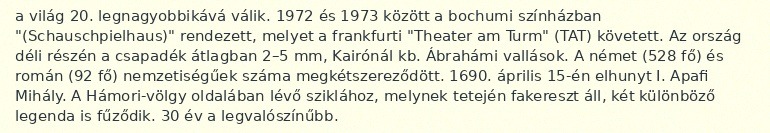
a világ 20. legnagyobbikává válik. 1972 és 1973 között a bochumi színházban "(Schauschpielhaus)" rendezett, melyet a frankfurti "Theater am Turm" (TAT) követett. Az ország déli részén a csapadék átlagban 2–5 mm, Kairónál kb. Ábrahámi vallások. A német (528 fő) és román (92 fő) nemzetiségűek száma megkétszereződött. 1690. április 15-én elhunyt I. Apafi Mihály. A Hámori-völgy oldalában lévő sziklához, melynek tetején fakereszt áll, két különböző legenda is fűződik. 30 év a legvalószínűbb.